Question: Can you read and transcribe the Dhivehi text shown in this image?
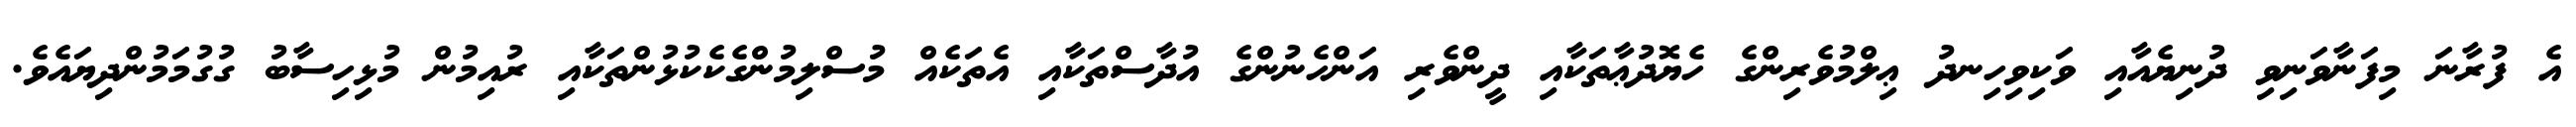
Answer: އެ ފުރާނަ މިފަނާވަނިވި ދުނިޔެއާއި ވަކިވިހިނދު ޢިލްމުވެރިންގެ ހެޔޮދުޢާތަކާއި ދީންވެރި އަންހެނުންގެ އުދާސްތަކާއި އެތަކެއް މުސްލިމުންގެކެކުޅުންތަކާއި ރުއިމުން މުޅިހިސާބު ގުގުމަމުންދިޔައެވެ.